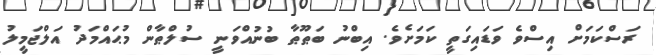
ރަސްކަމަށް އިސްވެ ވަޑައިގަތީ ކަމަށެވެ. އިބްނު ބަޠޫޠާ ބުނުއްވަނީ ސުލްޠާން މުޙައްމަދު އަލްޖަމީލު